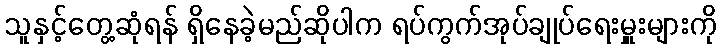
သူနှင့်တွေ့ဆုံရန် ရှိနေခဲ့မည်ဆိုပါက ရပ်ကွက်အုပ်ချုပ်ရေးမှူးများကို